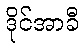
ဒိုင်အာခီ